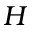
H